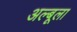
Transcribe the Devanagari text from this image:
अल्बूला